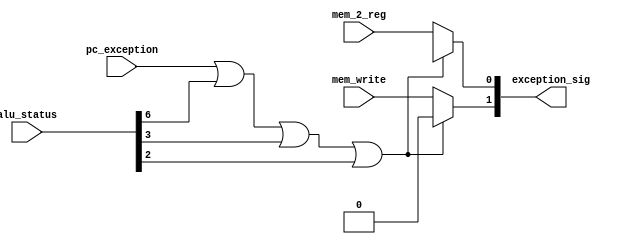
module error_handle(
  output [1:0] exception_sig, 
	// exception_sig[1]: MemWrite, 
	// exception_sig[0]: Mem2Reg
  input pc_exception, mem_write, mem_2_reg,
  input [7:0] alu_status
);
  assign exception_sig[1] = (pc_exception == 1'b1 || alu_status[6] == 1'b1 || alu_status[3] == 1'b1 || alu_status[2] == 1'b1)? 1'b0 : mem_write;
  assign exception_sig[0] = (pc_exception == 1'b1 || alu_status[6] == 1'b1 || alu_status[3] == 1'b1 || alu_status[2] == 1'b1)? 1'bx : mem_2_reg; 

endmodule